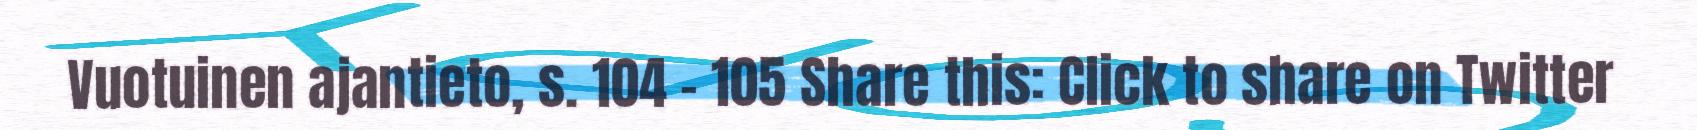
Vuotuinen ajantieto, s. 104 – 105 Share this: Click to share on Twitter